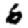
Digit: 6